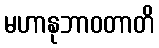
မဟာနုဘာဝတာတိ